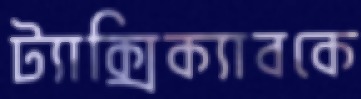
ট্যাক্সিক্যাবকে